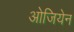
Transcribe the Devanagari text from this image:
ओजियेन